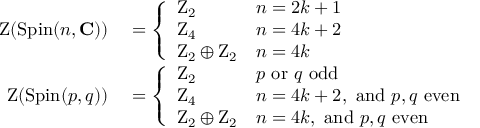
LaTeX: \begin{array} { r l } { \operatorname { Z } ( \operatorname { S p i n } ( n , \mathbf { C } ) ) } & { { } = { \left\{ \begin{array} { l l } { \mathrm { Z } _ { 2 } } & { n = 2 k + 1 } \\ { \mathrm { Z } _ { 4 } } & { n = 4 k + 2 } \\ { \mathrm { Z } _ { 2 } \oplus \mathrm { Z } _ { 2 } } & { n = 4 k } \end{array} \right. } } \\ { \operatorname { Z } ( \operatorname { S p i n } ( p , q ) ) } & { { } = { \left\{ \begin{array} { l l } { \mathrm { Z } _ { 2 } } & { p { \mathrm { ~ o r ~ } } q { \mathrm { ~ o d d } } } \\ { \mathrm { Z } _ { 4 } } & { n = 4 k + 2 , { \mathrm { ~ a n d ~ } } p , q { \mathrm { ~ e v e n } } } \\ { \mathrm { Z } _ { 2 } \oplus \mathrm { Z } _ { 2 } } & { n = 4 k , { \mathrm { ~ a n d ~ } } p , q { \mathrm { ~ e v e n } } } \end{array} \right. } } \end{array}